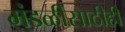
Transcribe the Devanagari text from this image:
मंडळींसाठीही